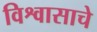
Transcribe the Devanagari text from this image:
विश्वासाचे